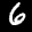
Label: 6